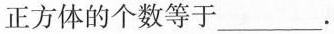
正方体的个数等于___.